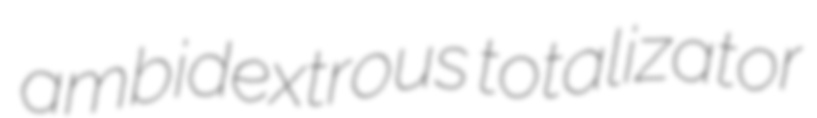
ambidextrous totalizator